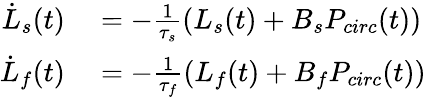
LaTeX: \begin{array}{rl}{\dot{L}_{s}(t)}&{{}=-\frac{1}{\tau_{s}}(L_{s}(t)+B_{s}P_{circ}(t))}\\ {\dot{L}_{f}(t)}&{{}=-\frac{1}{\tau_{f}}(L_{f}(t)+B_{f}P_{circ}(t))}\end{array}